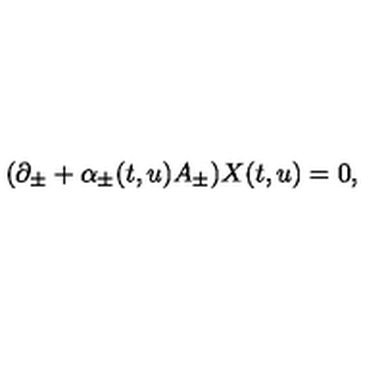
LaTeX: ( \partial _ { \pm } + \alpha _ { \pm } ( t , u ) A _ { \pm } ) X ( t , u ) = 0 ,